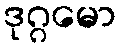
ဒုဂ္ဂမော